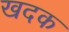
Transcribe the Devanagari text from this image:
खदक